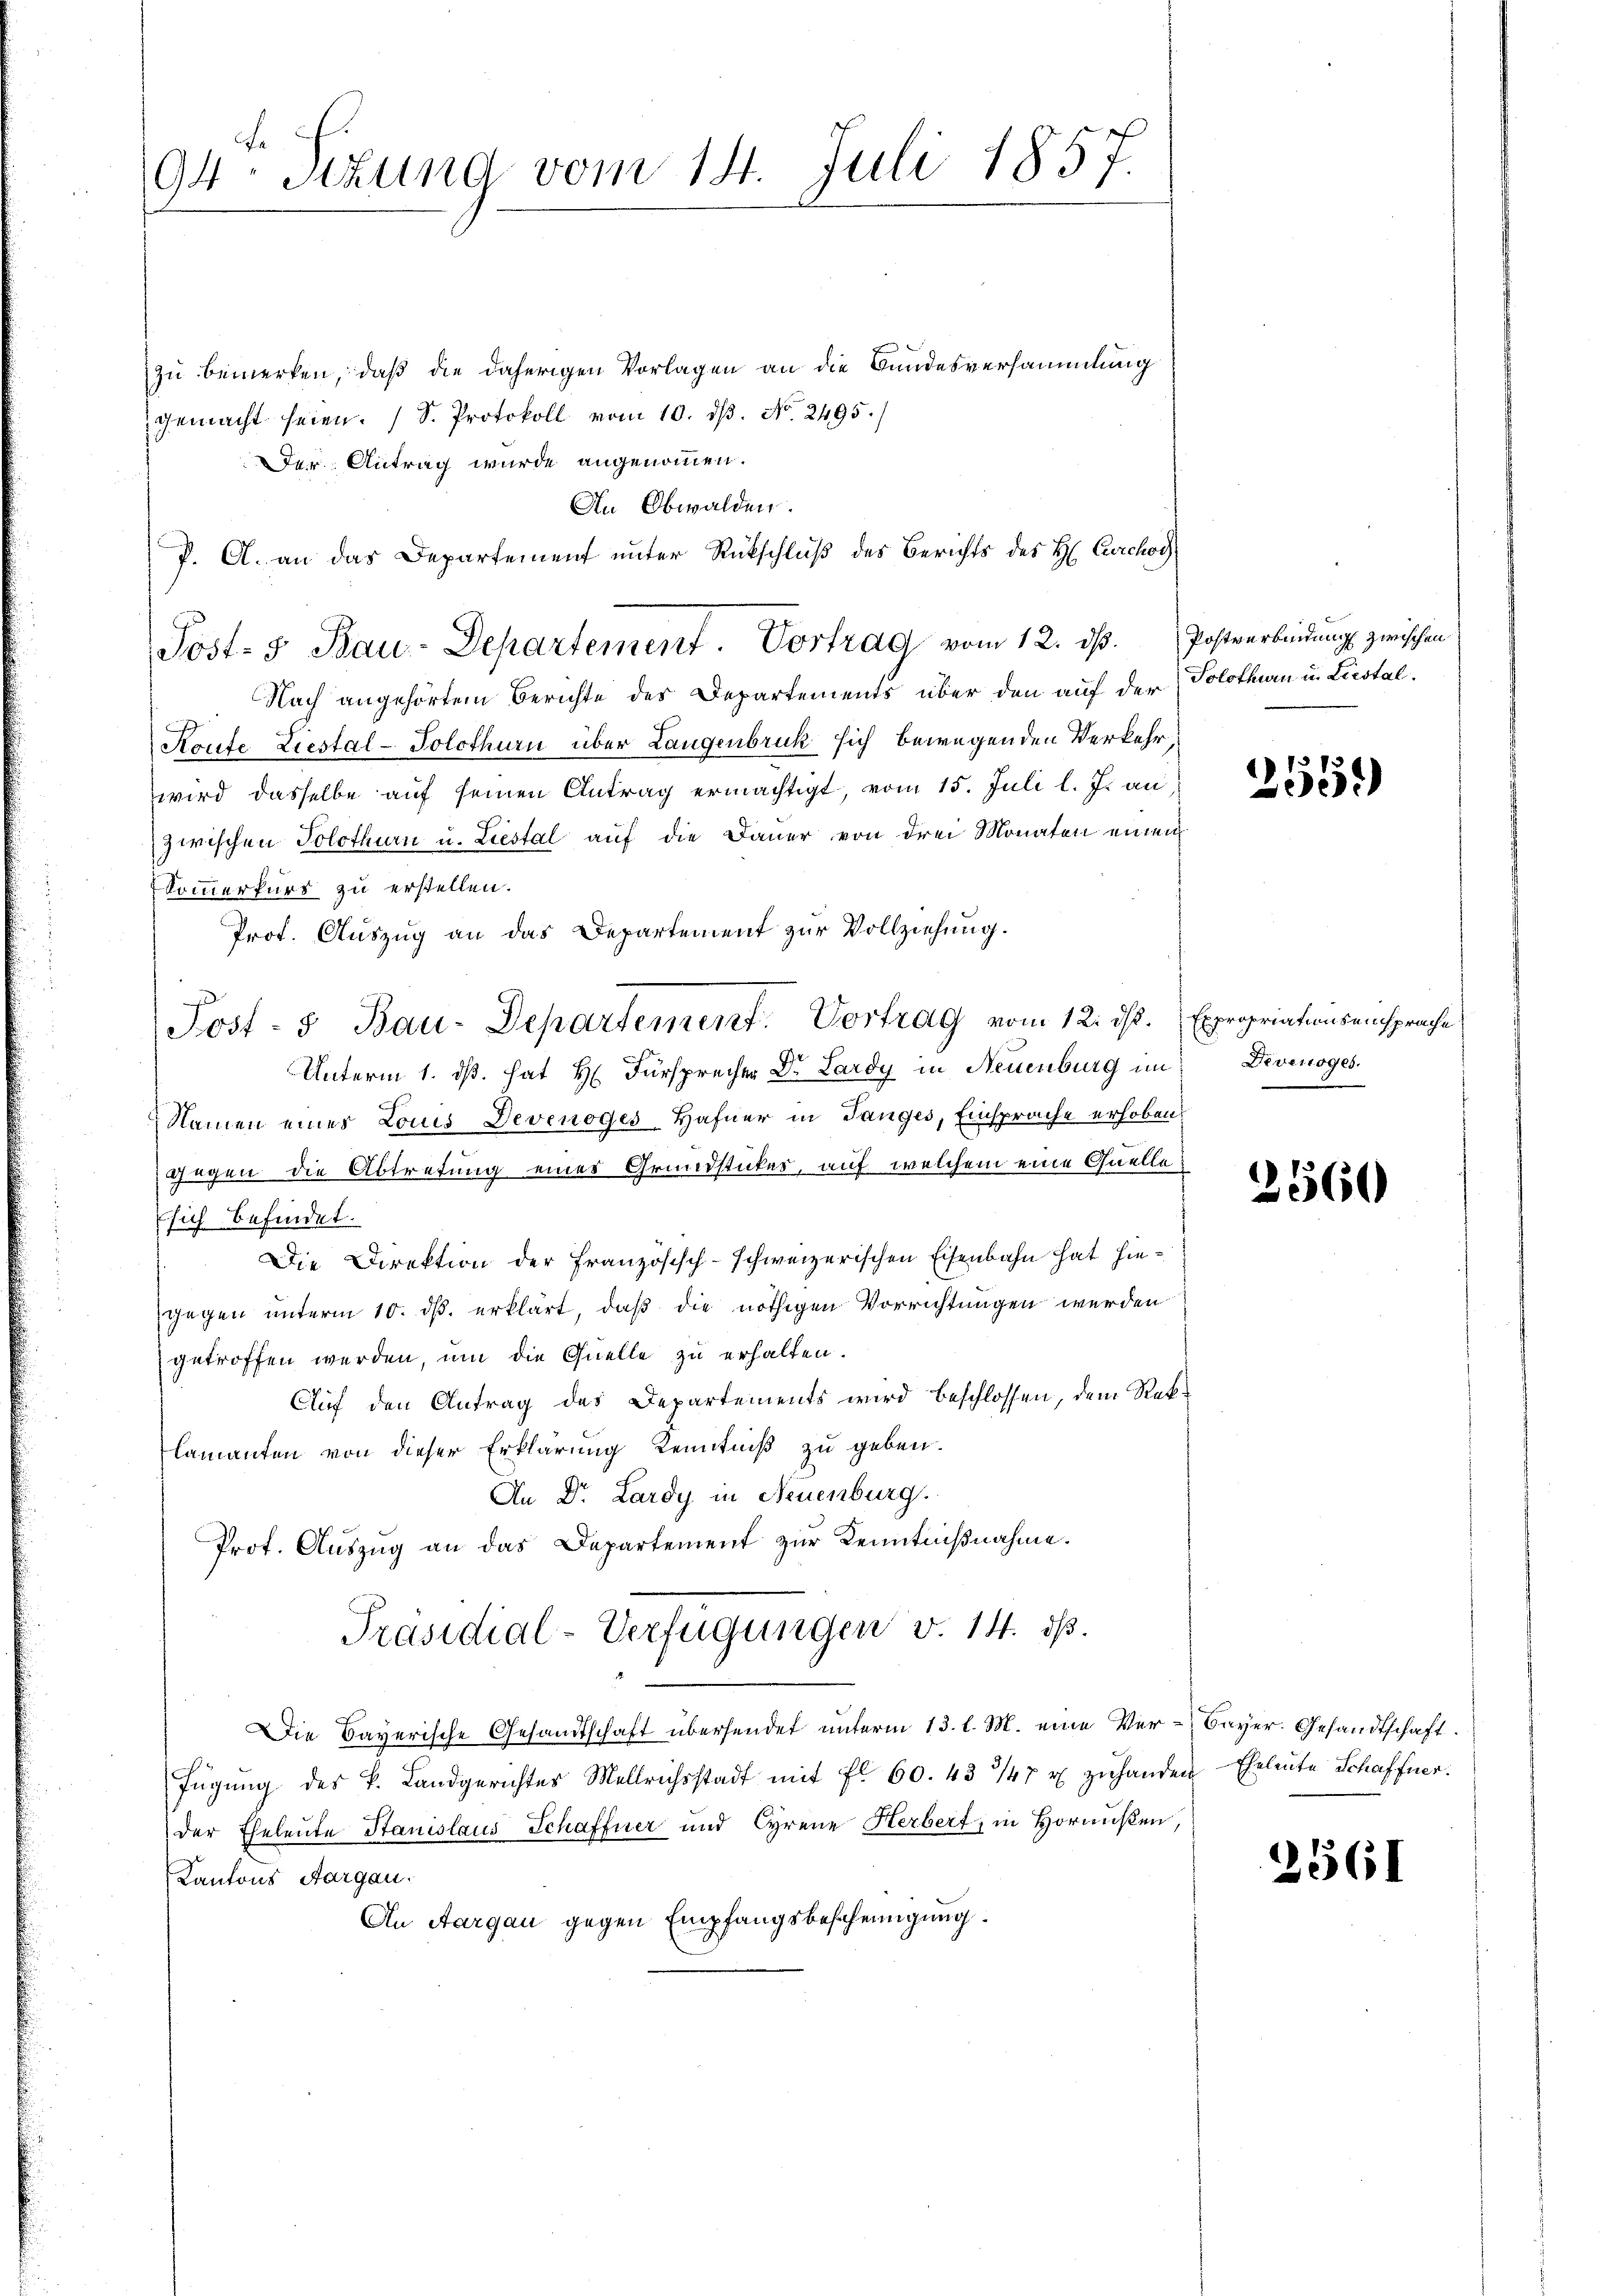
Juli 1857.
94: Sizung vom 14.

zu bemerken, daß die daherigen Vorlagen an die Bundesversammlung
gemacht seien. (S. Protokoll vom 10. dβ. No. 2495.)
Der Antrag wurde angenommen.
In Obwalden.
P. A. an das Departement unter Rückschluß des Berichts des H. Carchod
Nach angehörtem Berichte des Departements über den auf der Solothurn in Liestal¬
Koute Liestal-Solothurn über Langenbruck sich bewegenden Verkehr,
wird dasselbe auf seinen Antrag ermächtigt, vom 15. Juli l. Js. an,
zwischen Solothurn u. Liestal auf die Dauer von drei Monaten einen
Sommerkurs zu erstellen.
Prof. Auszug an das Departement zur Vollziehung.
Post- 5 Bau-Departement. Vortrag vom 12. ds.
2
Unterm 1. ds. hat H. Fürsprecher Dr. Lardy in Neuenburg im Devenoges.
Namen eines Louis Devenoges Hafner in Tanges, Einsprache erhoben.
gegen die Abtretung eines Grundstückes, auf welchem eine Quelle
ssich befindet.
Die Direktion der Französisch-schweizerischen Eisenbahn hat hiegegen unterm 10. ds. erklärt, daß die nöthigen Vorrichtungen werden
getroffen werden, um die Quelle zu erhalten.
Auf den Antrag des Departements wird beschlossen, dem Reklamanten von dieser Erklärung Kenntniß zu geben.
An Dr. Lardy in Neuenburg.
Prot. Auszug an das Departement zur Kenntnißnahme.
Präsidial-Verfügungen v. 14. ds.
Die Bayerische Gesandtschaft übersendet unterm 13. l. M. eine Verfügŭng des k. Landgerichtes Mellrichsstadt mit fl. 60. 43 47 u zŭ handen Eheleute Schaffner.
der Eheleute Stanislaus Schaffner und Cyrene Herbert, in Hornußen,
Kantons Aargau.
An Aargau gegen Empfangsbescheinigung.

Post-5 Bau-Departement. Vortrag vom 12. dß. Postverbindung zwischen

2559)

Expropriationsensprache

2560

Bayer. Gesandtschaft.

2561